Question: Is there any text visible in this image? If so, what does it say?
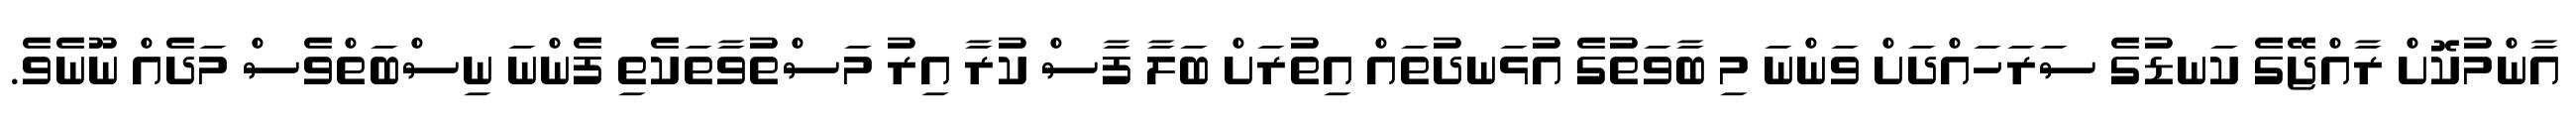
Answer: އާންމުކޮށް ރާއްޖޭގެ ކަނޑުގެ ސަރަހައްދަށް ވަންނަ މި ބާވަތުގެ އުޅަނދުތައް އިތުރަށް ބަލާ ފާސް ކުރާ އިރު މަސްތުވާތަކެތި ފެންނަ ނިސްބަތްވެސް މަދެއް ނޫނެވެ.